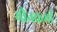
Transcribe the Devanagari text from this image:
यौनकर्मी